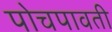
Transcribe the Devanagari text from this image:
पोचपावती